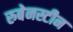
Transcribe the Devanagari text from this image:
रुबेनस्टीन